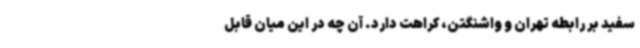
سفید بر رابطه تهران و واشنگتن، کراهت دارد. آن چه در این میان قابل